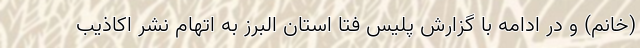
(خانم) و در ادامه با گزارش پلیس فتا استان البرز به اتهام نشر اکاذیب